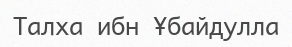
Талха ибн Ұбайдулла